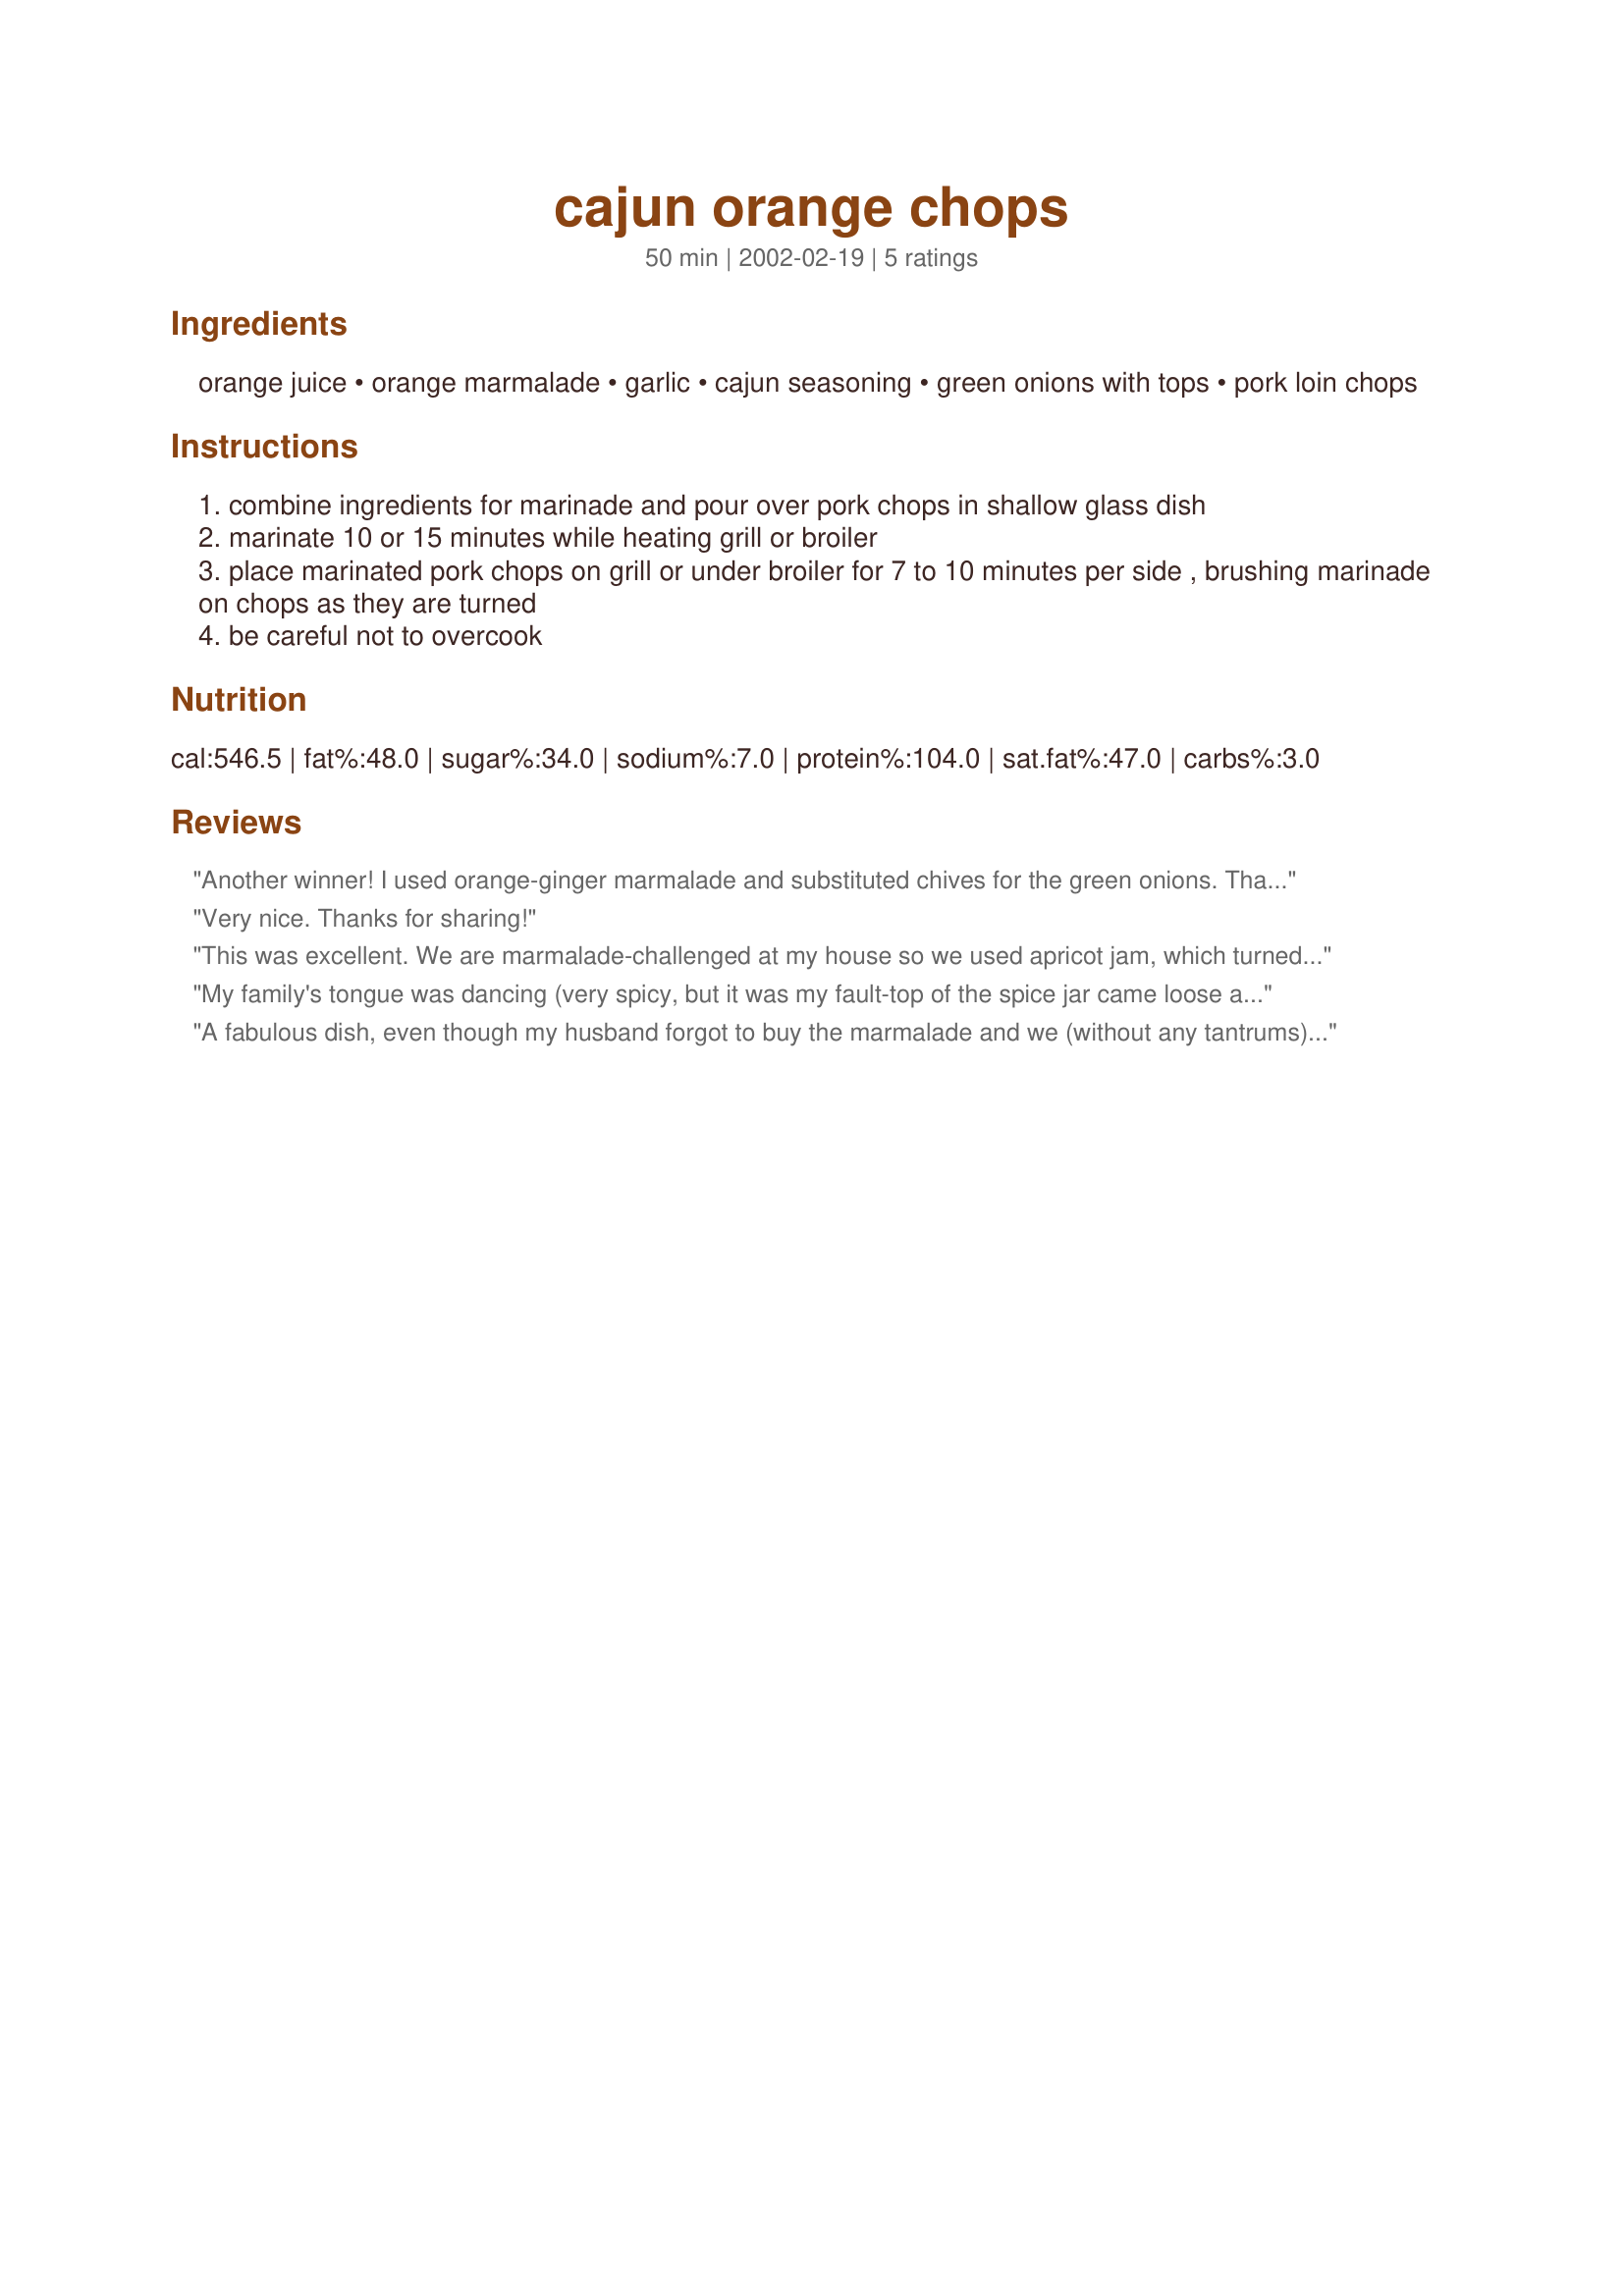
cajun orange chops
Preparation time: 50 minutes

Ingredients:
orange juice, orange marmalade, garlic, cajun seasoning, green onions with tops, pork loin chops

Steps:
combine ingredients for marinade and pour over pork chops in shallow glass dish
marinate 10 or 15 minutes while heating grill or broiler
place marinated pork chops on grill or under broiler for 7 to 10 minutes per side , brushing marinade on chops as they are turned
be careful not to overcook

Reviews:
Another winner! I used orange-ginger marmalade and substituted chives for the green onions. Thanks for the tip "do not overcook" you do have to watch them. Glad you're back Dancer your recipes are excellent and I have had many great meals thanks to you
Very nice. Thanks for sharing!
This was excellent. We are marmalade-challenged at my house so we used apricot jam, which turned out very well. The marinade was very easy to put together and full of flavor. Thank you for posting!
My family's tongue was dancing (very spicy, but it was my fault-top of the spice jar came loose and spilled almost a whole tbsp of cayenne pepper in my marinade )while eating this. But It was excellent! I didn't have green onions but it was still good. :) Unfortunately, I wasn't able to grill them coz it started raining so I bake them instead and still came out tasting great. Thank you for a great recipe.
A fabulous dish, even though my husband forgot to buy the marmalade and we (without any tantrums) substituted mango jam. I love a sauce, so I reduced the marinade, and spooned some of that over. We had these on mashed potatoes with horseradish
